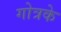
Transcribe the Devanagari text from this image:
गोत्रके